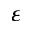
\varepsilon